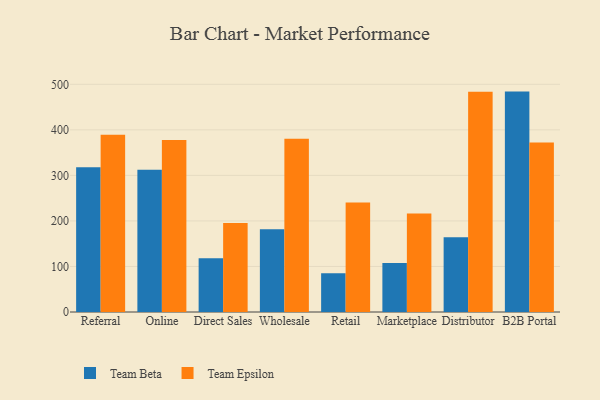
{"axis": {"x": "Channel", "y": "Website Visitors"}, "legend": ["Team Beta", "Team Epsilon"], "data": [{"x": "Referral", "y": 317.8, "type": "Team Beta"}, {"x": "Referral", "y": 389.5, "type": "Team Epsilon"}, {"x": "Online", "y": 312.6, "type": "Team Beta"}, {"x": "Online", "y": 377.8, "type": "Team Epsilon"}, {"x": "Direct Sales", "y": 117.8, "type": "Team Beta"}, {"x": "Direct Sales", "y": 195.4, "type": "Team Epsilon"}, {"x": "Wholesale", "y": 181.9, "type": "Team Beta"}, {"x": "Wholesale", "y": 380.2, "type": "Team Epsilon"}, {"x": "Retail", "y": 85.0, "type": "Team Beta"}, {"x": "Retail", "y": 240.7, "type": "Team Epsilon"}, {"x": "Marketplace", "y": 107.6, "type": "Team Beta"}, {"x": "Marketplace", "y": 216.4, "type": "Team Epsilon"}, {"x": "Distributor", "y": 164.2, "type": "Team Beta"}, {"x": "Distributor", "y": 483.9, "type": "Team Epsilon"}, {"x": "B2B Portal", "y": 484.0, "type": "Team Beta"}, {"x": "B2B Portal", "y": 372.4, "type": "Team Epsilon"}]}